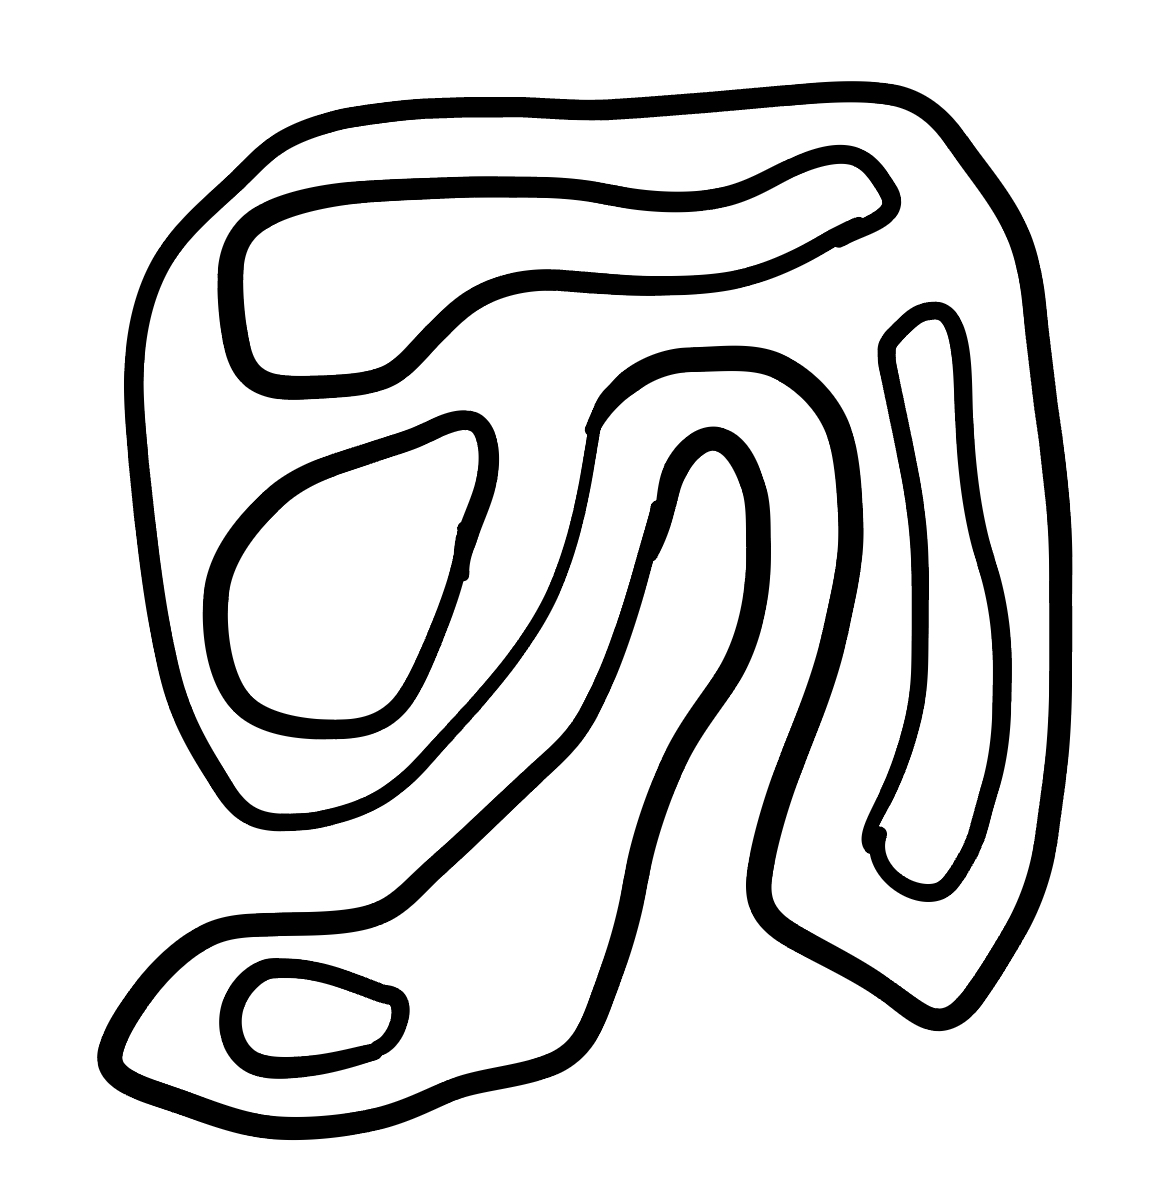
Number of regions (including the outer root region): 7
Containment tree edges (parent, child): 0, 1, 0, 3, 1, 2, 3, 4, 3, 5, 3, 6